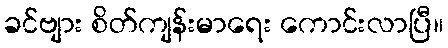
ခင်ဗျား စိတ်ကျန်းမာရေး ကောင်းလာပြီ။